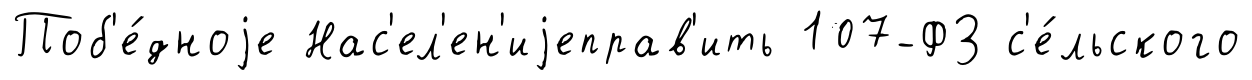
Поб'е́дноjе Нас'ел'ен'иjеправ'ить 107-ФЗ с'е́льского